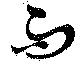
而